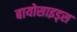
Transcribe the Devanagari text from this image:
बायोसाइड्स